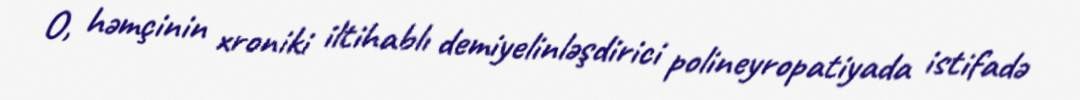
O, həmçinin xroniki iltihablı demiyelinləşdirici polineyropatiyada istifadə